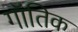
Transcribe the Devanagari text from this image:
गॉतिक